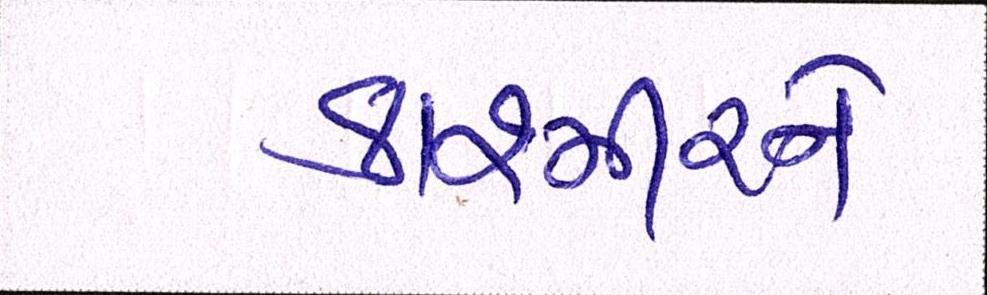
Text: કાશ્મીરને